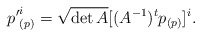
\begin{align*}{p'}^i_{(p)}=\sqrt{\det A} [(A^{-1})^{t}p_{(p)}]^{i}.\end{align*}